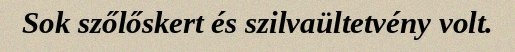
Sok szőlőskert és szilvaültetvény volt.